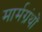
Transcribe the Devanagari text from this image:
मार्मग्रंथों